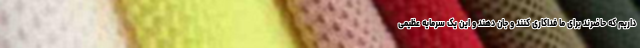
داریم که حاضرند برای ما فداکاری کنند و جان دهند و این یک سرمایه عظیمی